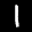
Label: 1